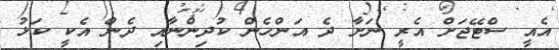
އެއީ ސްޓޭޖަށް އެރީ ނަށާ ދެ އަންހެން ކުދިންނާއި ދެން އެކީ ކަޅު